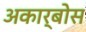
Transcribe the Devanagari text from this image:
अकार्बोस